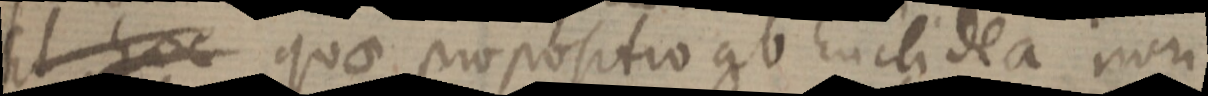
Et hoc quae propositio ab Euclidea non